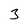
Character: 3